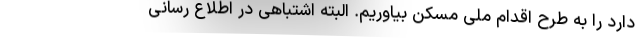
دارد را به طرح اقدام ملی مسکن بیاوریم. البته اشتباهی در اطلاع رسانی